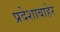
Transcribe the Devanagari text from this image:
प्रदेशाबाहेर